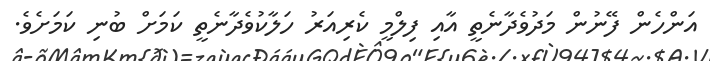
އަންހެން ފޭނުން މަދުވެދާނެތީ އާއި ފިލްމީ ކެރިއަރު ހަލާކުވެދާނެތީ ކަމަށް ބުނި ކަމަށެވެ.